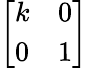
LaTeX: \left[\begin{array}{ll}{k}&{0}\\ {0}&{1}\end{array}\right]